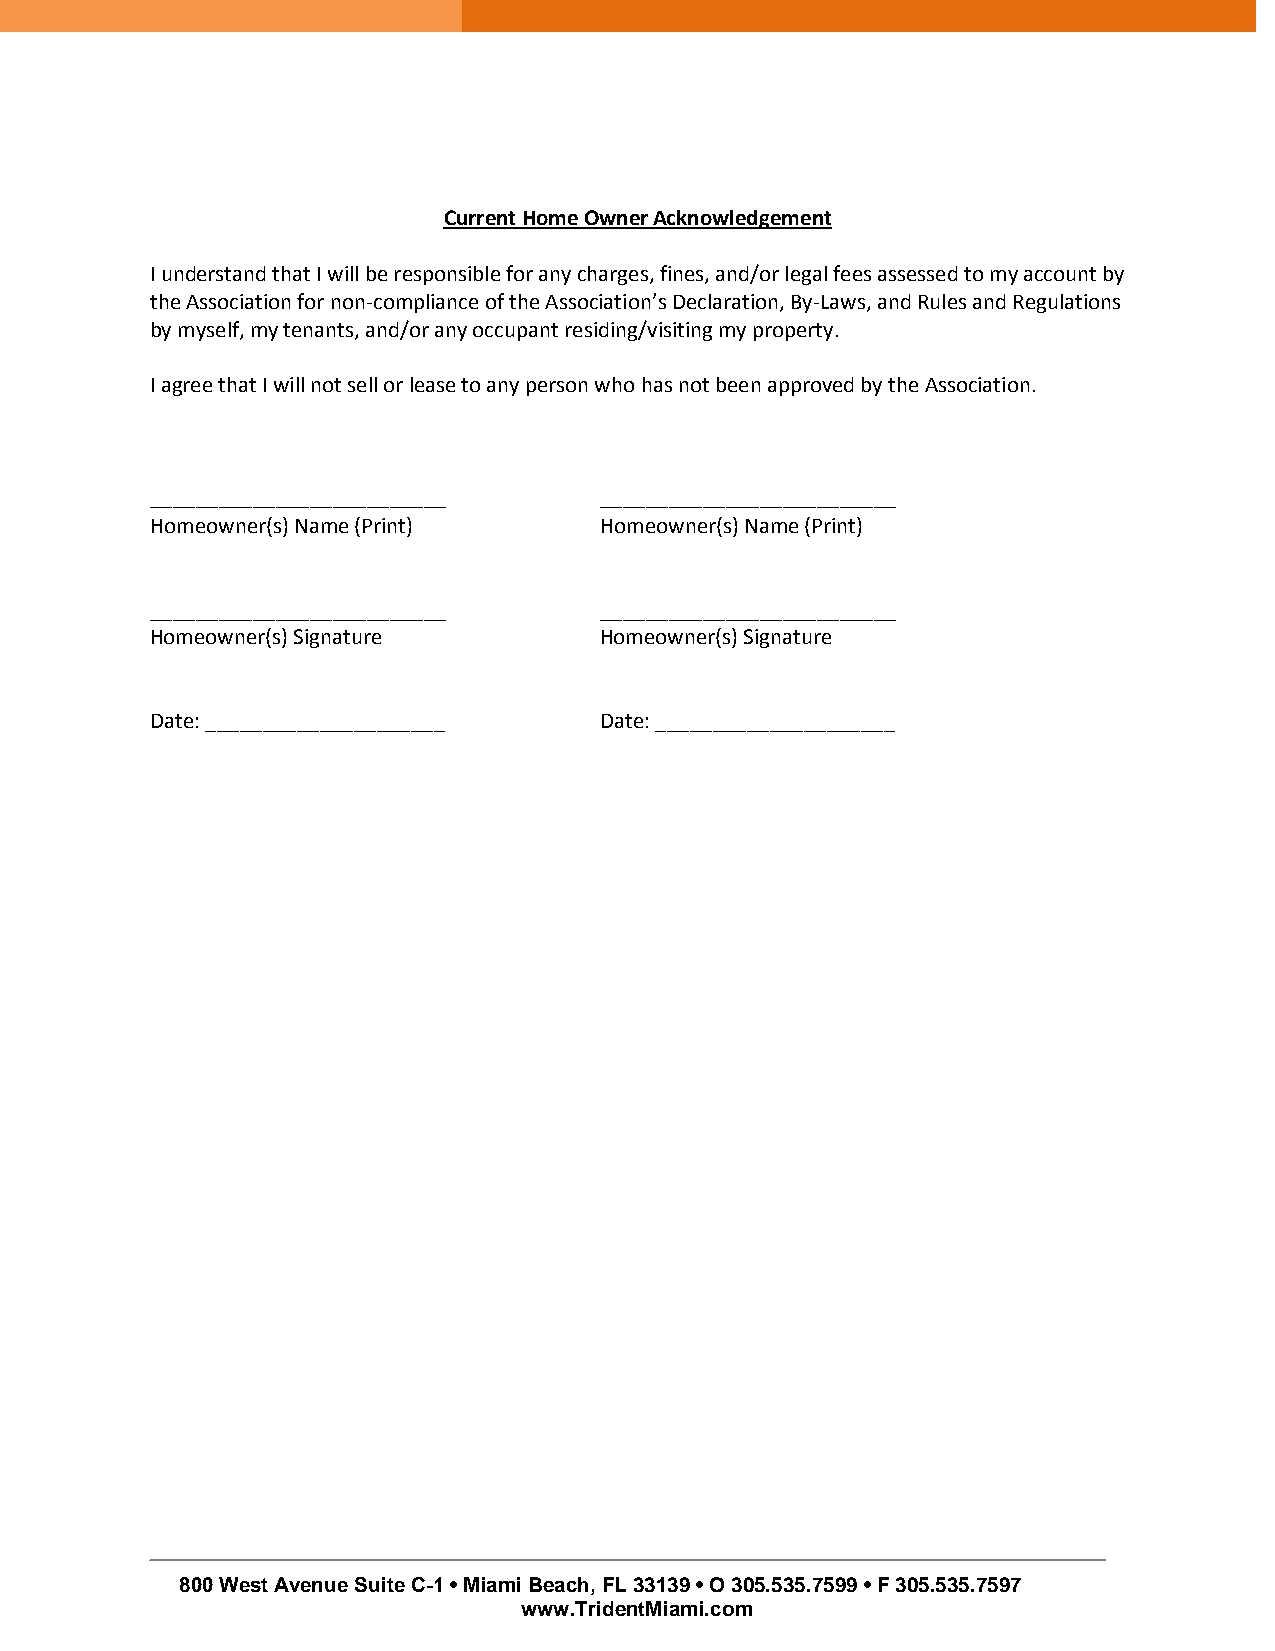
Current Home Owner Acknowledgement
 I understand that I will be responsible for any charges, fines, and/or legal fees assessed to my account by
 the Association for non-compliance of the Association’s Declaration, By-Laws, and Rules and Regulations
 by myself, my tenants, and/or any occupant residing/visiting my property.
 I agree that I will not sell or lease to any person who has not been approved by the Association.
 __________________________    __________________________
 Homeowner(s) Name (Print)     Homeowner(s) Name (Print)
 __________________________    __________________________
 Homeowner(s) Signature        Homeowner(s) Signature
 Date: _____________________   Date: _____________________
 800 West Avenue Suite C-1 • Miami Beach, FL 33139 • O 305.535.7599 • F 305.535.7597
 www.TridentMiami.com